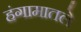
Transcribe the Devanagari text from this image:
हंगामातले